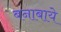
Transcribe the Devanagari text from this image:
बनाबाये